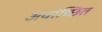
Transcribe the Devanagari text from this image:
अवांच्छित